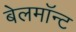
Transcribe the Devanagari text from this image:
बेलमॉन्ट